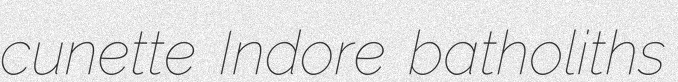
cunette Indore batholiths